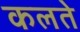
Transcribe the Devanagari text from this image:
कलते